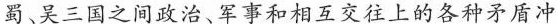
蜀、吴三国之间政治、军事和相互交往上的各种矛盾冲